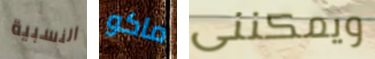
النسبية ماكو ويمكننى